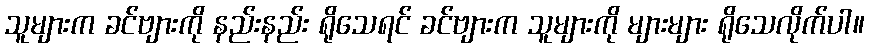
သူများက ခင်ဗျားကို နည်းနည်း ရိုသေရင် ခင်ဗျားက သူများကို များများ ရိုသေလိုက်ပါ။